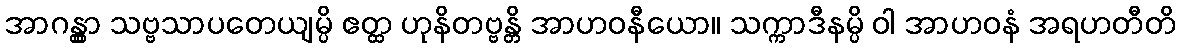
အာဂန္တွာ သဗ္ဗသာပတေယျမ္ပိ ဧတ္ထ ဟုနိတဗ္ဗန္တိ အာဟဝနီယော။ သက္ကာဒီနမ္ပိ ဝါ အာဟဝနံ အရဟတီတိ